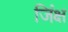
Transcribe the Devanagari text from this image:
जिंक्ष